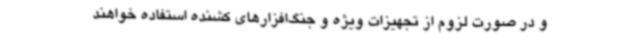
و در صورت لزوم از تجهیزات ویژه و جنگ‌افزارهای کشنده استفاده خواهند